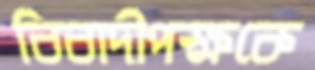
বিবাদীপক্ষকে